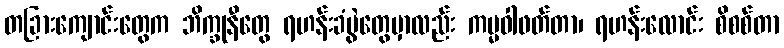
တခြားကျောင်းတွေက ဘိက္ခုနီတွေ ရဟန်းခံပွဲတွေမှာလည်း ကမ္မဝါဖတ်တာ၊ ရဟန်းလောင်း စိစစ်တာ